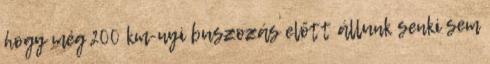
hogy még 200 km-nyi buszozás előtt állunk senki sem